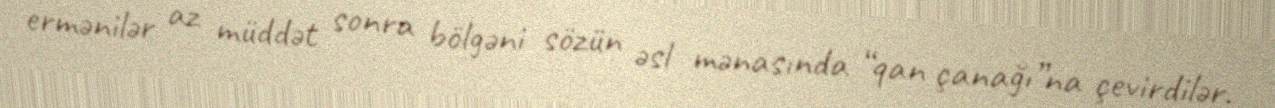
ermənilər az müddət sonra bölgəni sözün əsl mənasında “qan çanağı”na çevirdilər.